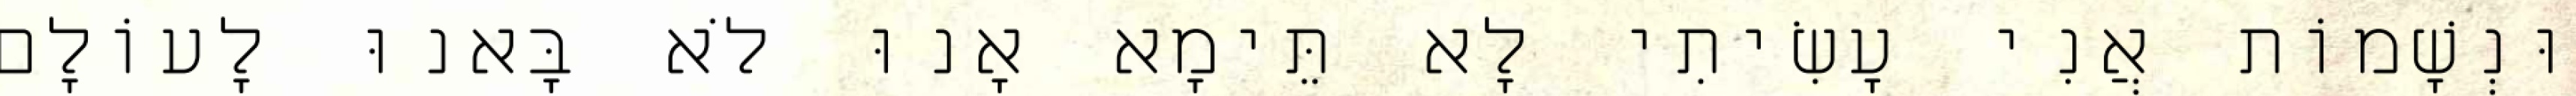
וּנְשָׁמוֹת אֲנִי עָשִׂיתִי לָא תֵּימָא אָנוּ לֹא בָּאנוּ לָעוֹלָם